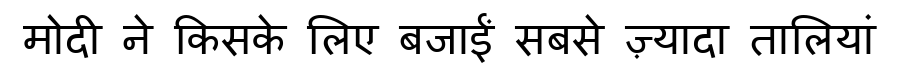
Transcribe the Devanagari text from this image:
मोदी ने किसके लिए बजाईं सबसे ज़्यादा तालियां